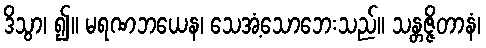
ဒိသွာ၊ ၍။ မရဏဘယေန၊ သေအံ့သောဘေးသည်။ သန္တဇ္ဇိတာနံ၊